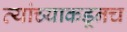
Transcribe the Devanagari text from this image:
त्‍यांच्याकडूनच